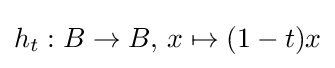
h_{t}:B\to B,\,x\mapsto (1-t)x